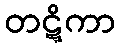
တဋ္ဋိကာ